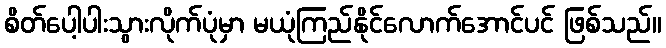
စိတ်ပေါ့ပါးသွားလိုက်ပုံမှာ မယုံကြည်နိုင်လောက်အောင်ပင် ဖြစ်သည်။